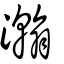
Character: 瀚